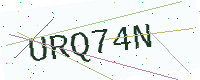
Text: URQ74N